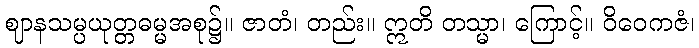
ဈာနသမ္ပယုတ္တဓမ္မအစု၌။ ဇာတံ၊ တည်း။ ဣတိ တသ္မာ၊ ကြောင့်။ ဝိဝေကဇံ၊